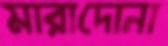
মারাদোনা